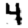
Digit: 4